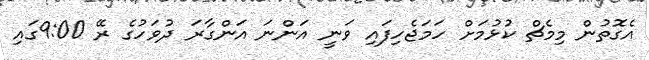
އެގޮތުން މިމެޗް ކުޅުމަށް ހަމަޖެހިފައި ވަނީ އަންނަ އަންގާރަ ދުވަހުގެ ރޭ 9:00ގައި